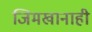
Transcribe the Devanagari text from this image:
जिमखानाही